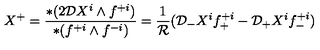
X ^ { + } = { \frac { * ( 2 { \cal D } X ^ { i } \wedge f ^ { + i } ) } { * ( f ^ { + i } \wedge f ^ { - i } ) } } = { \frac { 1 } { \cal R } } ( { \cal D } _ { - } X ^ { i } f _ { + } ^ { + i } - { \cal D } _ { + } X ^ { i } f _ { - } ^ { + i } )